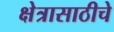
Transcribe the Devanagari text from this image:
क्षेत्रासाठीचे